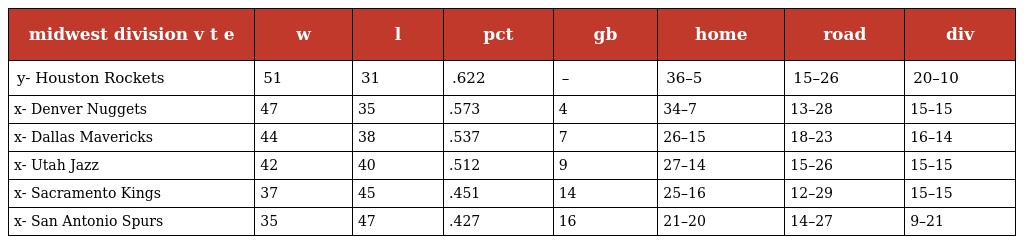
| midwest division v t e | w | l | pct | gb | home | road | div |
 | --- | --- | --- | --- | --- | --- | --- | --- |
 | y- Houston Rockets | 51 | 31 | .622 | – | 36–5 | 15–26 | 20–10 |
 | x- Denver Nuggets | 47 | 35 | .573 | 4 | 34–7 | 13–28 | 15–15 |
 | x- Dallas Mavericks | 44 | 38 | .537 | 7 | 26–15 | 18–23 | 16–14 |
 | x- Utah Jazz | 42 | 40 | .512 | 9 | 27–14 | 15–26 | 15–15 |
 | x- Sacramento Kings | 37 | 45 | .451 | 14 | 25–16 | 12–29 | 15–15 |
 | x- San Antonio Spurs | 35 | 47 | .427 | 16 | 21–20 | 14–27 | 9–21 |